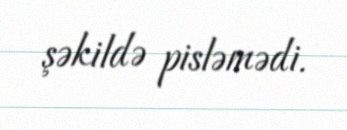
şəkildə pisləmədi.